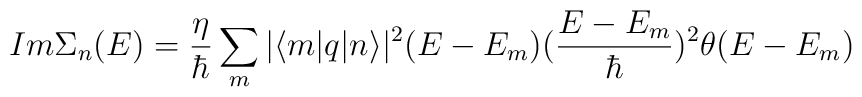
Im \Sigma_{n}(E)=  \frac{\eta}{\hbar}\sum_{m}|\langle m|q|n\rangle|^{2}(E - E_{m})(\frac{E - E_{m}}{\hbar})^{2}\theta(E - E_{m})